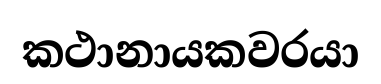
කථානායකවරයා